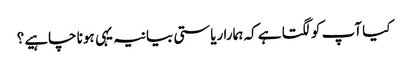
کیا آپ کو لگتا ہے کہ ہمارا ریاستی بیانیہ یہی ہونا چاہیے؟